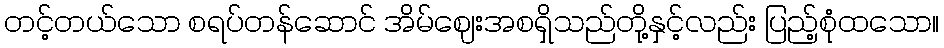
တင့်တယ်သော စရပ်တန်ဆောင် အိမ်ဈေးအစရှိသည်တို့နှင့်လည်း ပြည့်စုံထသော။